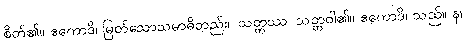
စိတ်၏။ ဧကောဒိ၊ မြတ်သောသမာဓိတည်း။ သတ္တဿ၊ သတ္တဝါ၏။ ဧကောဒိ၊ သည်။ န၊